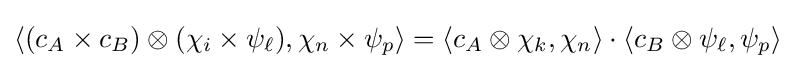
\langle (c_{A}\times c_{B})\otimes (\chi _{i}\times \psi _{\ell }),\chi _{n}\times \psi _{p}\rangle =\langle c_{A}\otimes \chi _{k},\chi _{n}\rangle \cdot \langle c_{B}\otimes \psi _{\ell },\psi _{p}\rangle